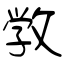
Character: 敩